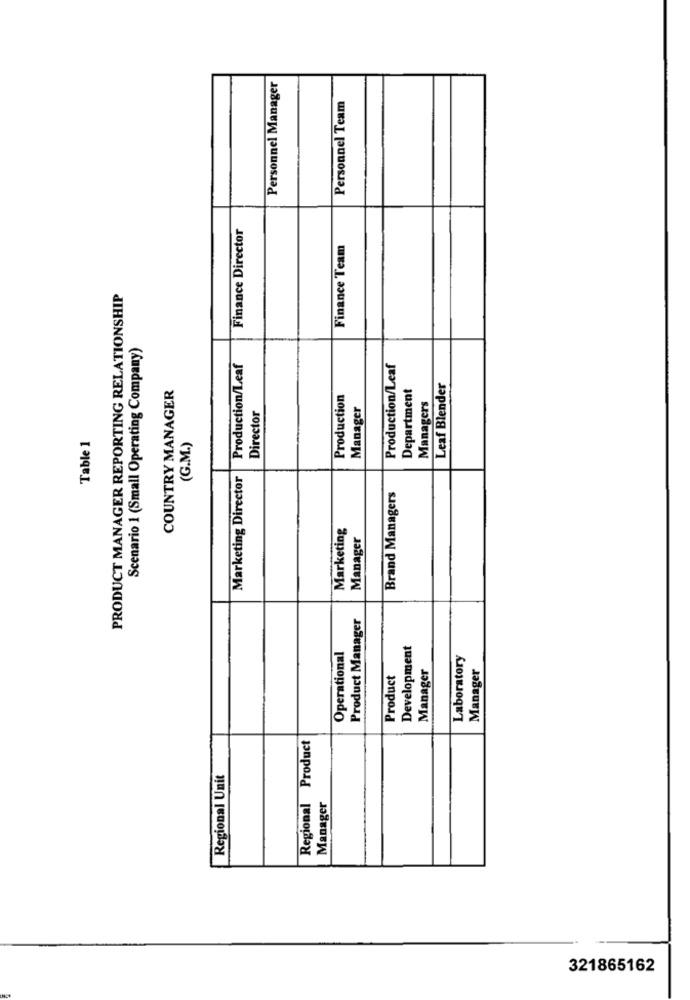
Personnel Manager
Personnel Team
Finance Director
Finance Team
PRODUCT MANAGER REPORTING RELATIONSHIP
Scenario 1 (Small Operating Company)
Production/Leaf
Production/Leaf
COUNTRY MANAGER
Department
Leaf Blender
Production
Manager
Managers
Director
Table 1
(G.M.)
Marketing Director
Brand Managers
Marketing
Manager
Product Manager
Development
Operational
Laboratory
Manager
Product
Manager
Regional Product
Regional Unit
Manager
321865162